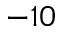
- 1 0